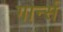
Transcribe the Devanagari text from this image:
गार्न्स